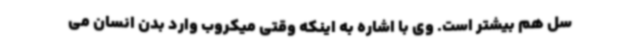
سل هم بیشتر است. وی با اشاره به اینکه وقتی میکروب وارد بدن انسان می